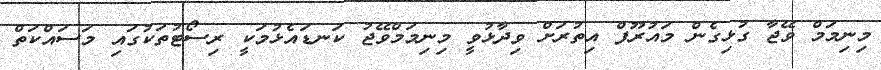
މިނިމަމް ވޭޖާ ގުޅިގެން މައުރޫފް އިތުރަށް ވިދާޅުވީ މިނިމަމްވޭޖު ކަނޑައެޅުމަކީ ރިސޯޓުތަކުގައި މަސައްކަތް